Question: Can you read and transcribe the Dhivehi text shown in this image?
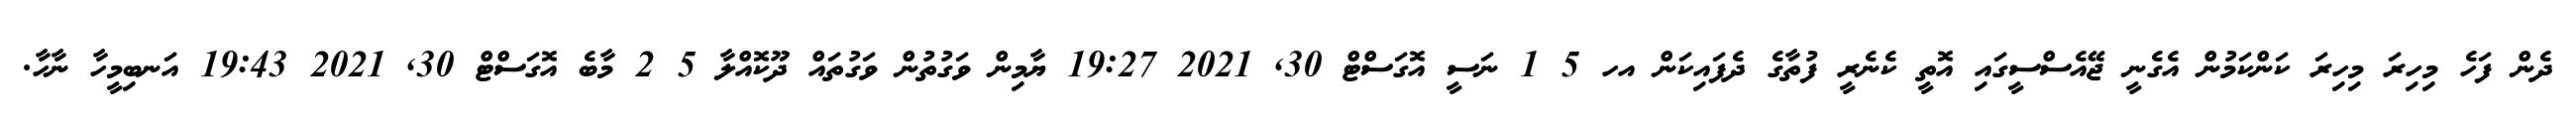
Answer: ދެން ފަހެ މިހިރަ މިހިރަ ކަންކަމުން އެގެނީ ޖޭއެސްސީގައި އޮތީ ކެނެރީ ފުތާގެ ދެފައިކަން އހ 5 1 ނަސީ އޮގަސްޓް 30, 2021 19:27 ޔާމިން ވަގުތުން ވަގުތައް ދޫކޮއްލާ 5 2 މާބެ އޮގަސްޓް 30, 2021 19:43 އަނބިމީހާ ނާހާ.